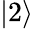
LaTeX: \vert 2\rangle